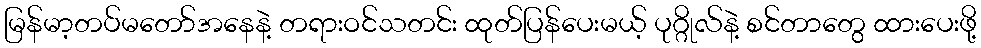
မြန်မာ့တပ်မတော်အနေနဲ့ တရားဝင်သတင်း ထုတ်ပြန်ပေးမယ့် ပုဂ္ဂိုလ်နဲ့ စင်တာတွေ ထားပေးဖို့